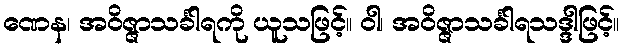
ဏေန၊ အဝိဇ္ဇာသင်္ခါရကို ယူသဖြင့်။ ဝါ၊ အဝိဇ္ဇာသင်္ခါရသဒ္ဒါဖြင့်။